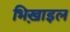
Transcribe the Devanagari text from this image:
भिख़ाइल